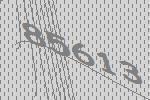
85613